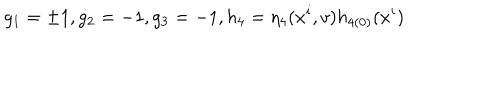
LaTeX: g _ { 1 } = \pm 1 , g _ { 2 } = - 1 , g _ { 3 } = - 1 , h _ { 4 } = \eta _ { 4 } ( x ^ { i } , v ) h _ { 4 ( 0 ) } ( x ^ { i } )